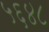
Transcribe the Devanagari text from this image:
५६४८